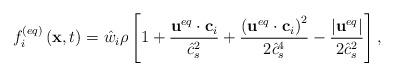
LaTeX: \begin{align*}f_i^{\left( {eq} \right)}\left( {{\bf{x}},t} \right) = {{\hat w}_i}\rho \left[ {1 + \frac{{{{\bf{u}}^{eq}} \cdot {{\bf{c}}_i}}}{{\hat c_s^2}} + \frac{{{{\left( {{{\bf{u}}^{eq}} \cdot {{\bf{c}}_i}} \right)}^2}}}{{2\hat c_s^4}} - \frac{{\left| {{{\bf{u}}^{eq}}} \right|}}{{2\hat c_s^2}}} \right],\end{align*}